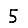
Digit: 5